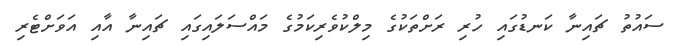
ސައުތު ޗައިނާ ކަނޑުގައި ހުރި ރަށްތަކުގެ މިލްކުވެރިކަމުގެ މައްސަލައިގައި ޗައިނާ އާއި އަވަށްޓެރި